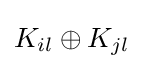
K_{il}\oplus K_{jl}